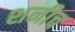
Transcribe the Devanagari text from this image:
शनीच